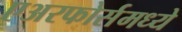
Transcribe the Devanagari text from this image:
एअरफोर्समध्ये